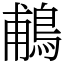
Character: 鵏